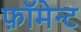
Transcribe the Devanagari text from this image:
फ़ॉमेन्ट